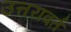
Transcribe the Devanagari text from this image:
उत्तरावर्त